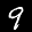
Label: 9